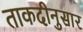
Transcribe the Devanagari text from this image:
ताकदीनुसार